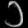
Digit: ၁